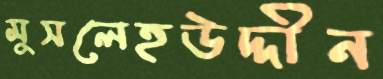
মুসলেহউদ্দীন